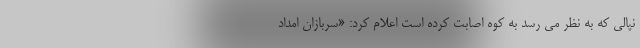
نپالی که به نظر می رسد به کوه اصابت کرده است اعلام کرد: «سربازان امداد